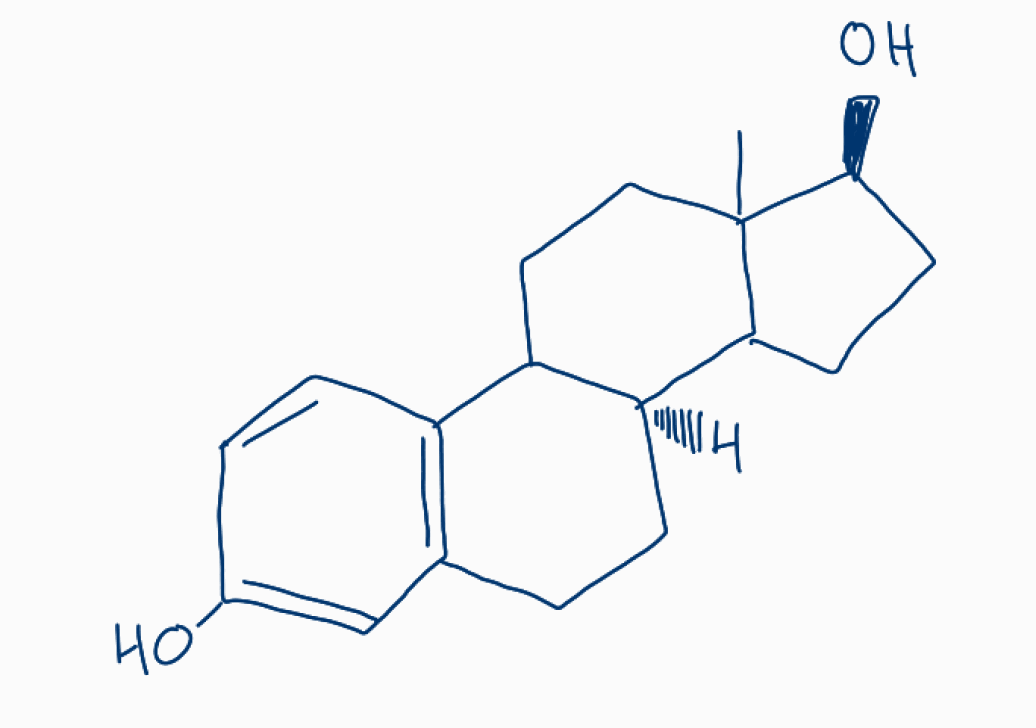
Simplified molecular-input line-entry system (SMILES) notation of the given molecule:
CC12CCC3[C@@H](C1CC[C@@H]2O)CCC4=C3C=CC(=C4)O